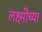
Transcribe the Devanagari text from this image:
लक्ष्मींच्या